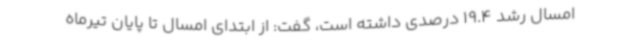
امسال رشد 19.4 درصدی داشته است، گفت: از ابتدای امسال تا پایان تیرماه